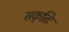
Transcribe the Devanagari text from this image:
सकृतिः